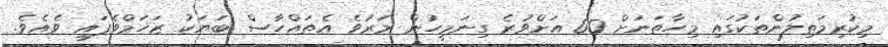
މިކުރިމަތިލުންތަކުގައި މިހާތަނަށް 60 އަށްވުރެ ގިނަމީހުން މަރުވެ އެތައްހާސް ބަޔަކު ޒަޚަމްވެފައި ވެއެވެ.